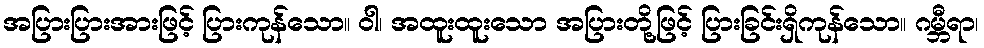
အပြားပြားအားဖြင့် ပြားကုန်သော။ ဝါ၊ အထူးထူးသော အပြားတို့ဖြင့် ပြားခြင်းရှိကုန်သော။ ဂမ္ဘီရာ၊